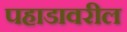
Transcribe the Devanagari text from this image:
पहाडावरील